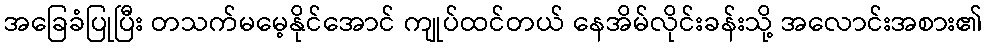
အခြေခံပြုပြီး တသက်မမေ့နိုင်အောင် ကျုပ်ထင်တယ် နေအိမ်လိုင်းခန်းသို့ အလောင်းအစား၏